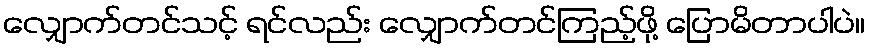
လျှောက်တင်သင့် ရင်လည်း လျှောက်တင်ကြည့်ဖို့ ပြောမိတာပါပဲ။